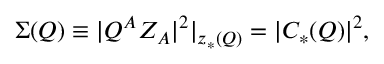
\Sigma ( Q ) \equiv | Q ^ { A } Z _ { A } | ^ { 2 } | _ { z _ { * } ( Q ) } = | C _ { * } ( Q ) | ^ { 2 } ,